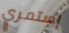
إستمري